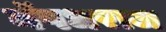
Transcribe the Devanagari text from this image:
नॅषधराज